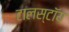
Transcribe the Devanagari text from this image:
टालस्टॉय